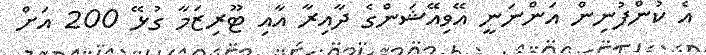
އެ ކުންފުނިން އަންނަނީ އޭވިއޭޝަންގެ ދާއިރާ އާއި ޓޫރިޒަމާ ގުޅޭ 200 އަށް